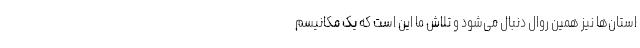
استان‌ها نیز همین روال دنبال می‌شود و تلاش ما این است که یک مکانیسم